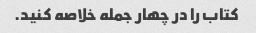
کتاب را در چهار جمله خلاصه کنید.